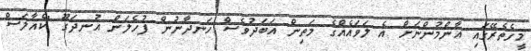
މީގެތެރޭގައި އާންމުންނަށް އެ ލަވައެއްގެ މަތިން އަބަދުވެސް ހަނދާނުން ފުހެލަން އުނދަގޫ "ކެއާލަސް